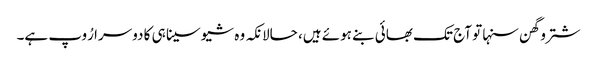
شتروگھن سنہا تو آج تک بھائی بنے ہوئے ہیں، حالانکہ وہ شیوسینا ہی کا دوسرا رُوپ ہے۔